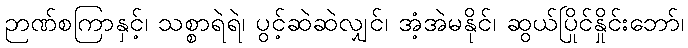
ဉာဏ်စကြာနှင့်၊ သစ္စာရဲရဲ၊ ပွင့်ဆဲဆဲလျှင်၊ အံ့အဲမနိုင်၊ ဆွယ်ပြိုင်နှိုင်းဘော်၊